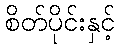
စိတ်ပိုင်းနှင့်